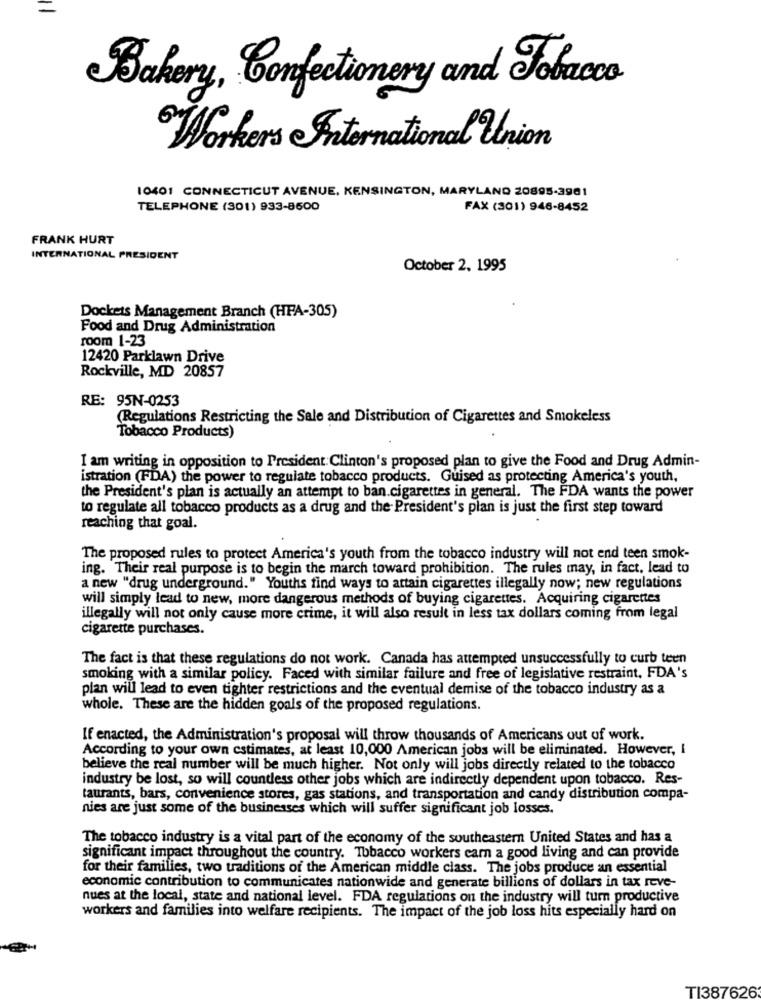
Bakery, Confectionery and Tobacco
Workers International Union
10401 CONNECTICUT AVENUE, KENSINGTON, MARYLAND 20895-3961
TELEPHONE (301) 933-8500
FAX (301) 946-8452
FRANK HURT
INTERNATIONAL PRESIDENT
October 2, 1995
Dockets Management Branch (HPA-305)
Food and Drug Administration
room 1-23
12420 Parklawn Drive
Rockville, MD 20857
RE: 95N-0253
(Regulations Restricting the Sale and Distribution of Cigarettes and Smokeless
Tobacco Products)
I am writing in opposition to President Clinton's proposed plan to give the Food and Drug Admin-
istration (FDA) the power to regulate tobacco products. Guised as protecting America's youth,
the President's plan is actually an attempt to ban.cigarettes in general. The FDA wants the power
to regulate all tobacco products as a drug and the President's plan is just the first step toward
reaching that goal.
The proposed rules to protect America's youth from the tobacco industry will not end teen smok-
ing. Their real purpose is to begin the march toward prohibition. The rules may, in fact, lead to
a new "drug underground." Youths find ways to attain cigarettes illegally now; new regulations
will simply lead to new, more dangerous methods of buying cigarettes. Acquiring cigarettes
illegally will not only cause more crime, it will also result in less tax dollars coming from legal
cigarette purchases.
The fact is that these regulations do not work. Canada has attempted unsuccessfully to curb teen
smoking with a similar policy. Faced with similar failure and free of legislative restraint, FDA's
plan will lead to even tighter restrictions and the eventual demise of the tobacco industry as a
whole. These are the hidden goals of the proposed regulations.
If enacted, the Administration's proposal will throw thousands of Americans out of work.
According to your own estimates, at least 10,000 American jobs will be eliminated. However, I
believe the real number will be much higher. Not only will jobs directly related to the tobacco
industry be lost, so will countless other jobs which are indirectly dependent upon tobacco. Res-
taurants, bars, convenience stores, gas stations, and transportation and candy distribution compa-
nies are just some of the businesses which will suffer significant job losses.
The tobacco industry is a vital part of the economy of the southeastern United States and has a
significant impact throughout the country. Tobacco workers carn a good living and can provide
for their families, two traditions of the American middle class. The jobs produce an essential
economic contribution to communicates nationwide and generate billions of dollars in tax reve-
nues at the local, state and national level. FDA regulations on the industry will turn productive
workers and families into welfare recipients. The impact of the job loss hits especially hard on
TI387626